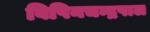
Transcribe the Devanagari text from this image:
विपिनचन्द्रपाल